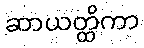
ဆာယတ္ထိကာ